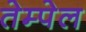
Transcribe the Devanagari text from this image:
तेम्पेल